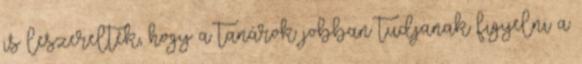
is leszerelték, hogy a tanárok jobban tudjanak figyelni a